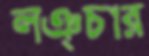
লঞ্চার